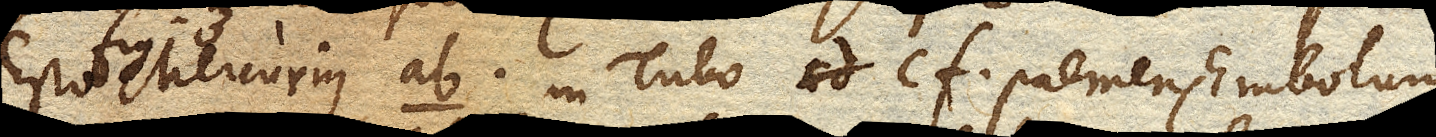
Mercurius ab. in Tubo cf. premens Embolum